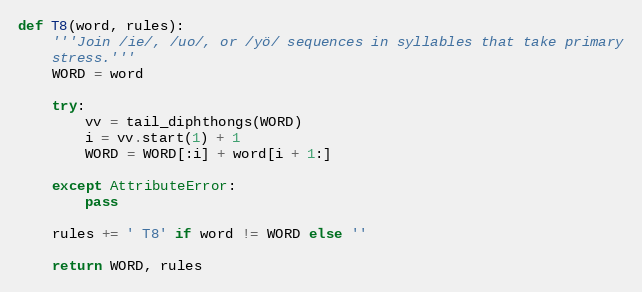
Language: Python
def T8(word, rules):
    '''Join /ie/, /uo/, or /yö/ sequences in syllables that take primary
    stress.'''
    WORD = word

    try:
        vv = tail_diphthongs(WORD)
        i = vv.start(1) + 1
        WORD = WORD[:i] + word[i + 1:]

    except AttributeError:
        pass

    rules += ' T8' if word != WORD else ''

    return WORD, rules